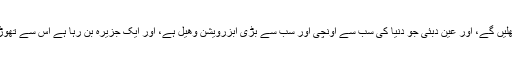
یہ ہوٹل 2018 میں کھلیں گے، اور عین دبئی جو دنیا کی سب سے اونچی اور سب سے بڑی آبزرویشن وھیل ہے، اور ایک جزیرہ بن رہا ہے اس سے تھوڑی دوری پر ہوں گے۔